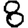
Digit: 8